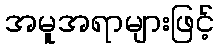
အမူအရာများဖြင့်